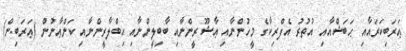
ޢަރަބިކަރައާއި ޙަބަޝްއާއި އުތުރު އެފްރިކާގެ މީހުންނާއި ޢާޝޫރީންނާއި ބާބިލީންނާއި އިބްލާރީންނާއި ކަންޢާނުން (ޢަރަބިން)